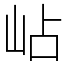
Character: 岾